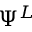
\Psi ^ { L }